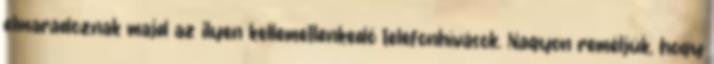
elmaradoznak majd az ilyen kellemetlenkedő telefonhívások. Nagyon reméljük, hogy